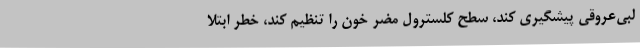
لبی‌عروقی پیشگیری کند، سطح کلسترول مضر خون را تنظیم کند، خطر ابتلا